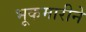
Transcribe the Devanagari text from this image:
भूकमारीने